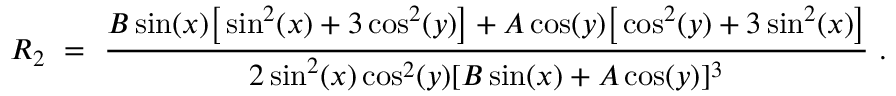
R _ { 2 } \ = \ \frac { B \sin ( x ) \big [ \sin ^ { 2 } ( x ) + 3 \cos ^ { 2 } ( y ) \big ] + A \cos ( y ) \big [ \cos ^ { 2 } ( y ) + 3 \sin ^ { 2 } ( x ) \big ] } { 2 \sin ^ { 2 } ( x ) \cos ^ { 2 } ( y ) [ B \sin ( x ) + A \cos ( y ) ] ^ { 3 } } ~ .